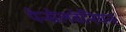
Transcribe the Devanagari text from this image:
पेन्सेलवेनियन